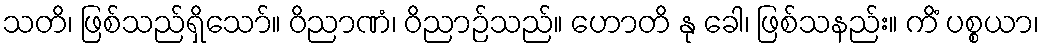
သတိ၊ ဖြစ်သည်ရှိသော်။ ဝိညာဏံ၊ ဝိညာဉ်သည်။ ဟောတိ နု ခေါ၊ ဖြစ်သနည်း။ ကိံ ပစ္စယာ၊